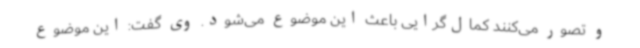
و تصور می‌کنند کمال‌گرایی باعث این موضوع می‌شود. وی گفت: این موضوع